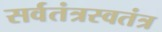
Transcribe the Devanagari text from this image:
सर्वतंत्रस्वतंत्र